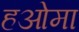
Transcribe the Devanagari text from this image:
हओमा